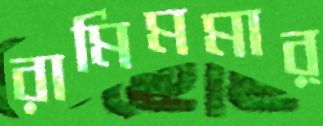
রামিমমার্